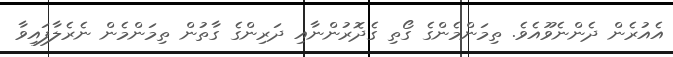
އެއުރެން ދެންނެވޫއެވެ. ތިމަންމެންގެ ގޯތި ގެދޮރުންނާއި ދަރިންގެ ގާތުން ތިމަންމެން ނެރެލާފައިވާ